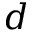
d